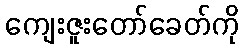
ကျေးဇူးတော်ခေတ်ကို